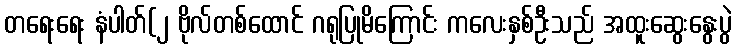
တရေးရေး နံပါတ်(၂ ဗိုလ်တစ်ထောင် ဂရုပြုမိကြောင်း ကလေးနှစ်ဦးသည် အထူးဆွေးနွေးပွဲ